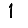
Digit: 1